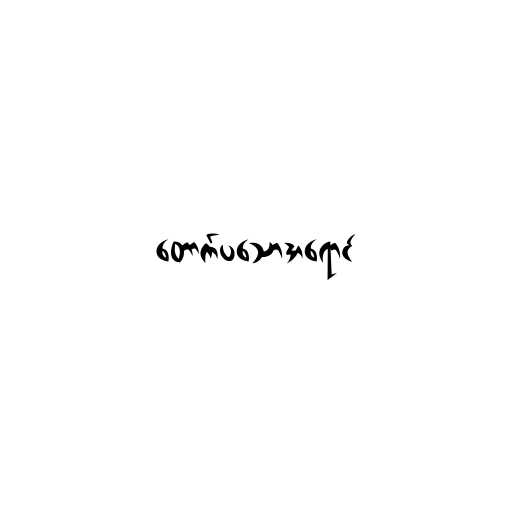
တောက်ပသောအရောင်